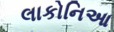
લાકોનિઆ